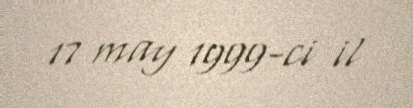
17 may 1999-ci il